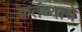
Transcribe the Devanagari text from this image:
कर्तव्याचे